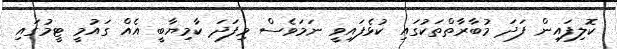
ކޮލިފައިން ފަދަ މުބާރާތްތަކުގައި ކުޅެފައިވީ ނަމަވެސް މިފަދަ ކާމިޔާބީ އެއް ގައުމީ ޓީމުގައި